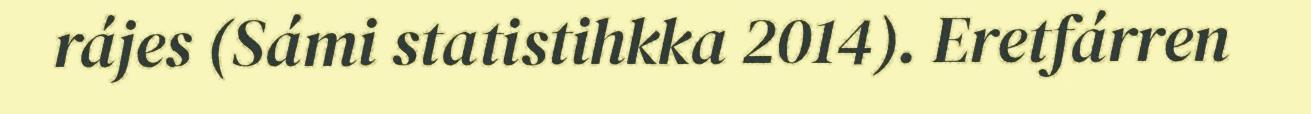
rájes (Sámi statistihkka 2014). Eretfárren